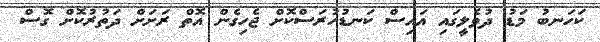
ކަހަނބު މަޑު ދުވެލީގައި އައިސް ކަނޑުހުރަސްކޮށް ޖެހިގެން އޮތް ރަށަށް ދަތުރުކޮށް ގޮސް